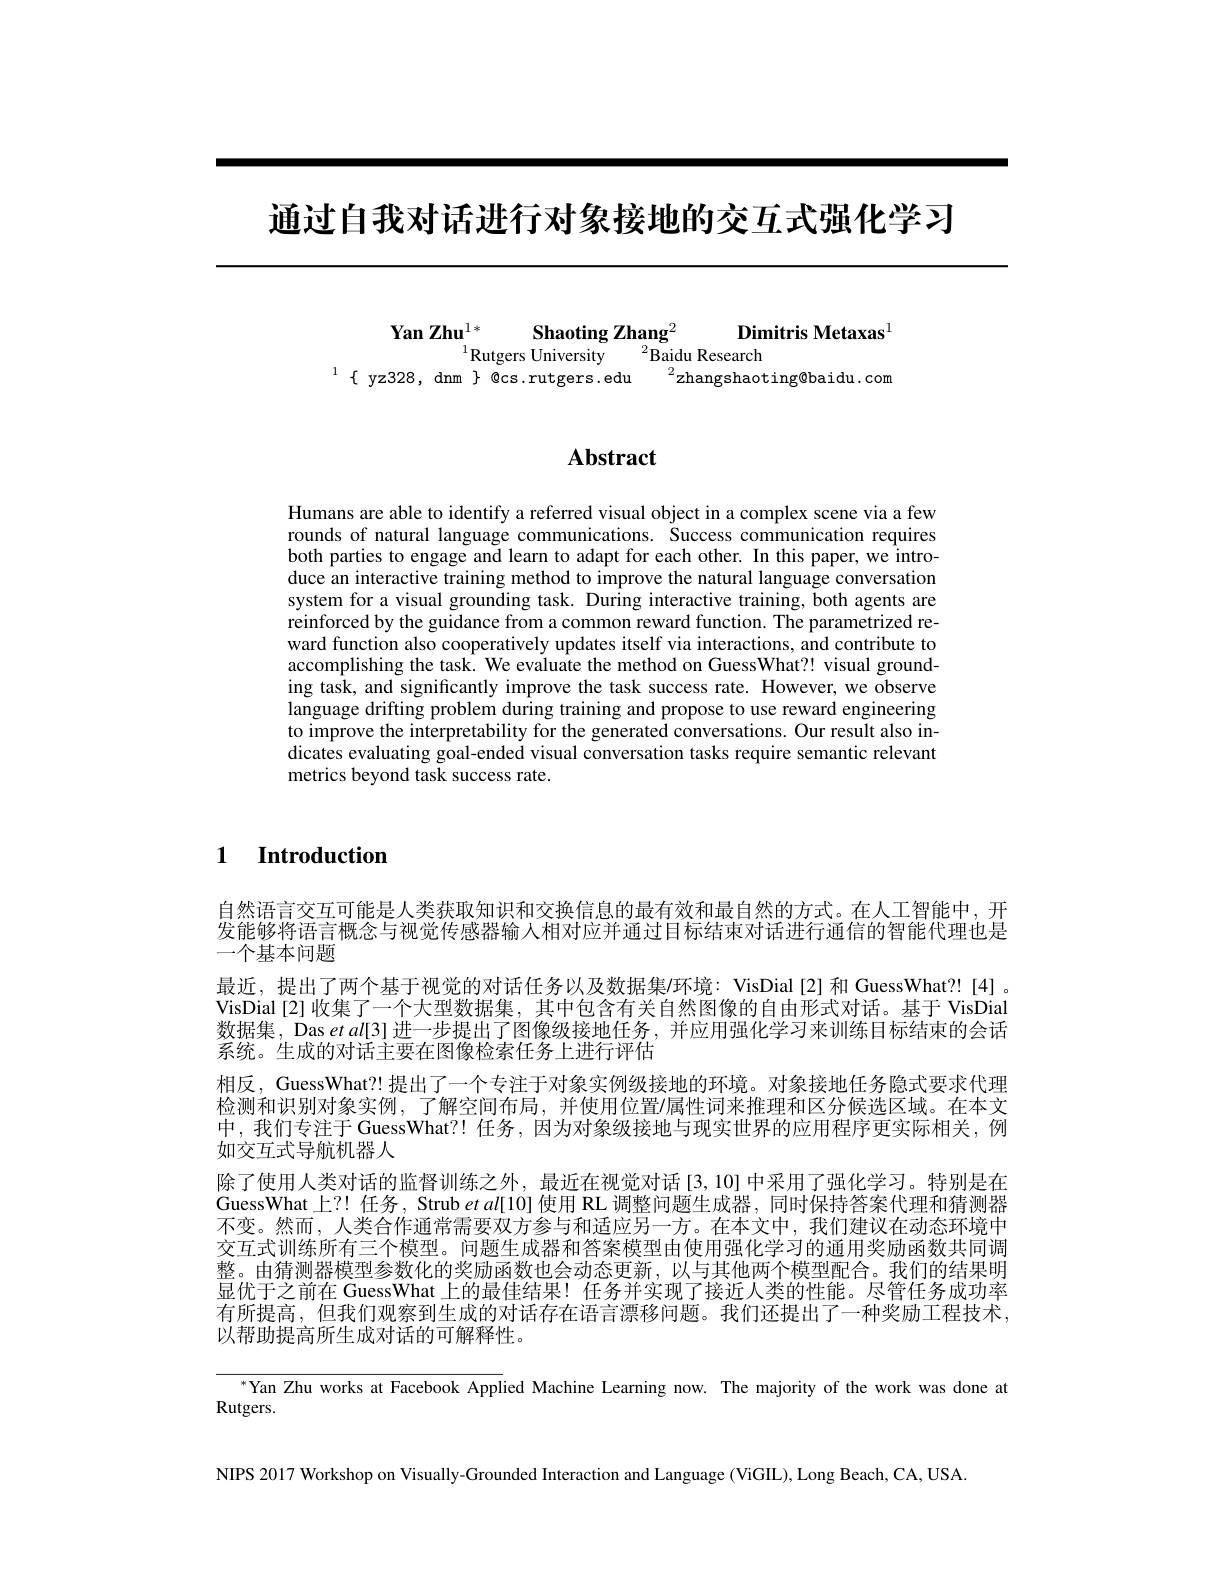
通过自我对话进行对象接地的交互式强化学习

Yan Zhu$^{1* }$ $\textbf{Shaoting Zhang}^{2}$ $\textbf{Dimitris Metaxas}^{1}$
$^{1}$Rutgers University$^2$Baidu Research
$^{1}\{$yz328, dnm$\}$ @cs.rutgers.edu$^2$zhangshaoting@baidu.com

## $\mathbf{Abstract}$

Humans are able to identify a referred visual object in a complex scene via a few rounds of natural language communications. Success communication requires both parties to engage and learn to adapt for each other. In this paper, we introduce an interactive training method to improve the natural language conversation system for a visual grounding task. During interactive training, both agents are reinforced by the guidance from a common reward function. The parametrized reward function also cooperatively updates itself via interactions, and contribute to accomplishing the task. We evaluate the method on GuessWhat?! visual grounding task, and significantly improve the task success rate. However, we observe language drifting problem during training and propose to use reward engineering to improve the interpretability for the generated conversations. Our result also indicates evaluating goal-ended visual conversation tasks require semantic relevant metrics beyond task success rate.

1 Introduction

自然语言交互可能是人类获取知识和交换信息的最有效和最自然的方式。在人工智能中，开发能够将语言概念与视觉传感器输入相对应并通过目标结束对话进行通信的智能代理也是一个基本问题
最近，提出了两个基于视觉的对话任务以及数据集/环境：VisDial[2]和 GuessWhat?![4]。VisDial [2] 收集了一个大型数据集，其中包含有关自然图像的自由形式对话。基于 VisDial 数据集，Das $etal[3]$进一步提出了图像级接地任务，并应用强化学习来训练目标结束的会话系统。生成的对话主要在图像检索任务上进行评估
相反，GuessWhat?! 提出了一个专注于对象实例级接地的环境。对象接地任务隐式要求代理检测和识别对象实例，了解空间布局，并使用位置$\prime$属性词来推理和区分候选区域。在本文中，我们专注于GuessWhat？!任务，因为对象级接地与现实世界的应用程序更实际相关，例如交互式导航机器人
除了使用人类对话的监督训练之外，最近在视觉对话[3,10]中采用了强化学习。特别是在GuessWhat上？! 任务，Strub et al[10] 使用 RL 调整问题生成器，同时保持答案代理和猜测器不变。然而，人类合作通常需要双方参与和适应另一方。在本文中，我们建议在动态环境中交互式训练所有三个模型。问题生成器和答案模型由使用强化学习的通用奖励函数共同调整。由猜测器模型参数化的奖励函数也会动态更新，以与其他两个模型配合。我们的结果明显优于之前在 GuessWhat 上的最佳结果！任务并实现了接近人类的性能。尽管任务成功率有所提高，但我们观察到生成的对话存在语言漂移问题。我们还提出了一种奖励工程技术， 以帮助提高所生成对话的可解释性。

${^{*}\text{Yan Zhu works at Facebook Appl}}$ied Machine Learning now. The majority of the work was done at
Rutgers.

NIPS 2017 Workshop on Visually-Grounded Interaction and Language (ViGIL), Long Beach, CA, USA